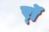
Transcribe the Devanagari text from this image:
र्‍ाॅ